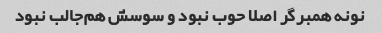
نونه همبرگر اصلا حوب نبود و سوسش هم‌جالب نبود